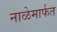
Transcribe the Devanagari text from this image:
नाळेमार्फत